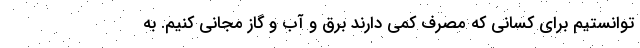
توانستیم برای کسانی که مصرف کمی دارند برق و آب و گاز مجانی کنیم. به